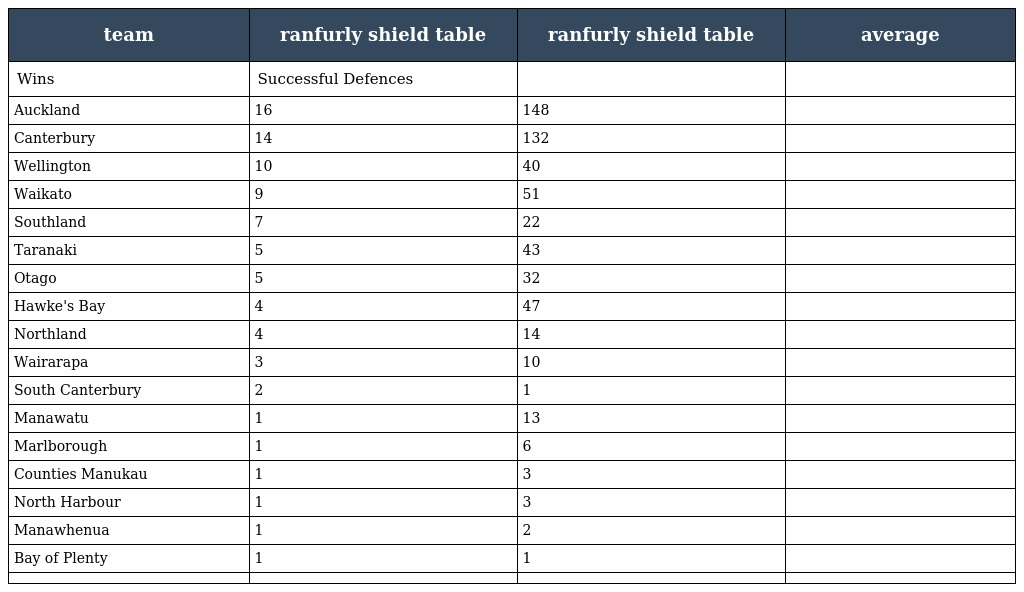
| team | ranfurly shield table | ranfurly shield table | average |
 | --- | --- | --- | --- |
 | Wins | Successful Defences |  |  |
 | Auckland | 16 | 148 |  |
 | Canterbury | 14 | 132 |  |
 | Wellington | 10 | 40 |  |
 | Waikato | 9 | 51 |  |
 | Southland | 7 | 22 |  |
 | Taranaki | 5 | 43 |  |
 | Otago | 5 | 32 |  |
 | Hawke's Bay | 4 | 47 |  |
 | Northland | 4 | 14 |  |
 | Wairarapa | 3 | 10 |  |
 | South Canterbury | 2 | 1 |  |
 | Manawatu | 1 | 13 |  |
 | Marlborough | 1 | 6 |  |
 | Counties Manukau | 1 | 3 |  |
 | North Harbour | 1 | 3 |  |
 | Manawhenua | 1 | 2 |  |
 | Bay of Plenty | 1 | 1 |  |
 |  |  |  |  |